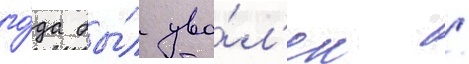
го́да бы́л уво́л'ен /